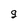
Character: 9